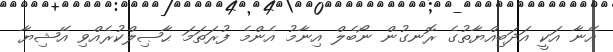
އޭނާ އަކީ އަދަބިއްޔާތުގެ ރޮނގުން ނޯބެލް އިނާމު އެންމެ ފުރަތަމަ ޙާޞިލްކުރެއްވި އޭޝިޔާ